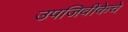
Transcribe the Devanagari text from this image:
उपजिवीकेचे